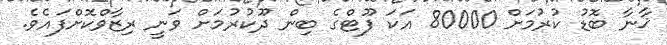
ޚާނާ ބޮޑު ކުރުމަށް 80000 އަކަ ފޫޓްގެ ބިން ދޫކުރުމަށް ވަނީ ރިޒާވްކޮށްފައެވެ.